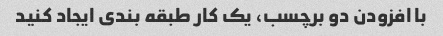
با افزودن دو برچسب، یک کار طبقه بندی ایجاد کنید